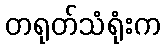
တရုတ်သံရုံးက